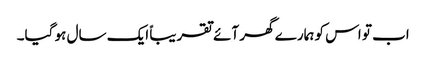
اب تو اس کو ہمارے گھر آئے تقریباً ایک سال ہو گیا۔